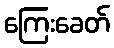
ကြေးခေတ်